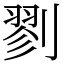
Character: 剹